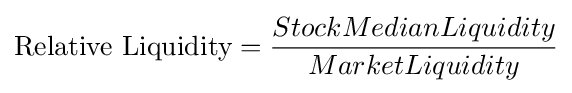
{\text{Relative Liquidity}}={StockMedianLiquidity \over MarketLiquidity}